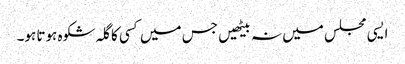
ایسی مجلس میں نہ بیٹھیں جس میں کسی کا گلہ شکوہ ہوتا ہو۔